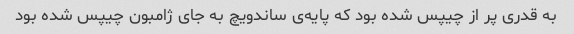
به قدری پر از چیپس شده بود که پایه‌ی ساندویچ به جای ژامبون چیپس شده بود